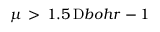
\mu \, > \, 1 . 5 \, \mathrm Ḋ b o h r Ḍ ^ { Ḋ } - 1 Ḍ